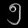
Digit: ၅